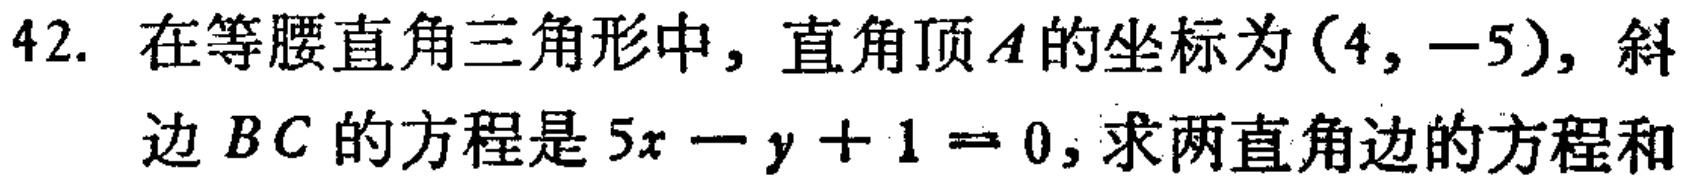
42. 在等腰直角三角形中，直角顶\(A\)的坐标为\((4, -5)\)，斜边 \(BC\)的方程是\(5x - y + 1 = 0\)，求两直角边的方程和